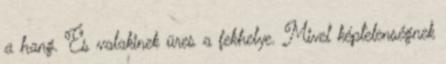
a hang. És valakinek üres a fekhelye. Mivel képtelenségnek